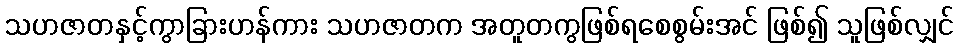
သဟဇာတနှင့်ကွာခြားဟန်ကား သဟဇာတက အတူတကွဖြစ်ရစေစွမ်းအင် ဖြစ်၍ သူဖြစ်လျှင်